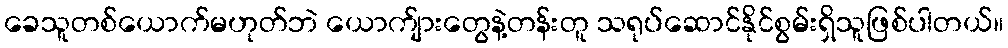
ခေသူတစ်ယောက်မဟုတ်ဘဲ ယောက်ျားတွေနဲ့တန်းတူ သရုပ်ဆောင်နိုင်စွမ်းရှိသူဖြစ်ပါတယ်။